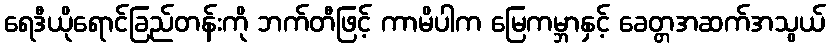
ရေဒီယိုရောင်ခြည်တန်းကို ဘက်တီဖြင့် ကာမိပါက မြေကမ္ဘာနှင့် ခေတ္တအဆက်အသွယ်